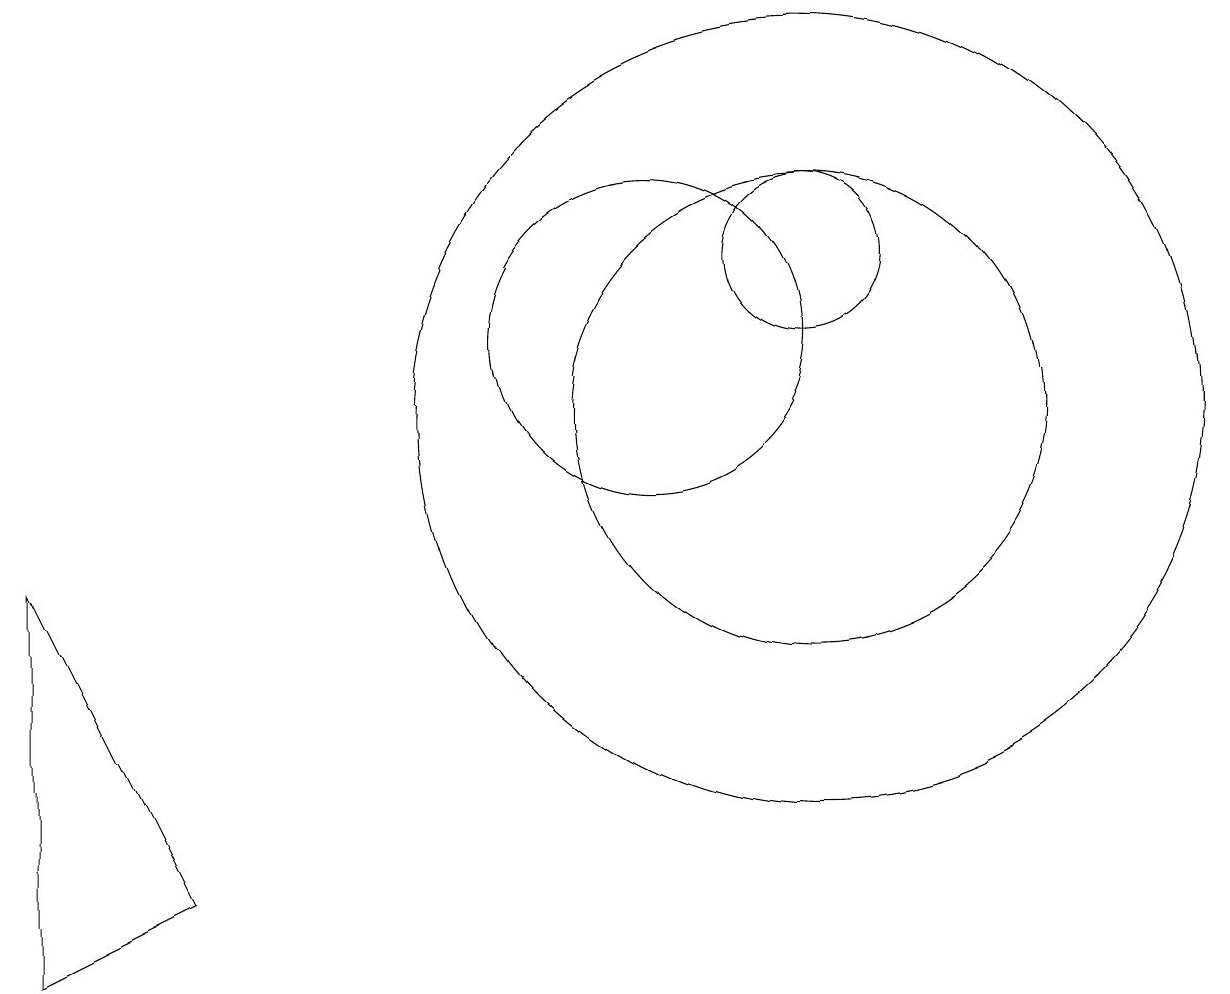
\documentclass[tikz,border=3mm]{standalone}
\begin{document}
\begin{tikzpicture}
\draw (12,12) circle (1);
\draw (10,11) circle (2);
\draw (2,8) -- (4,4) -- (2,3) -- cycle;
\draw (12,10) circle (3);
\draw (12,10) circle (5);
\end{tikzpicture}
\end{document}